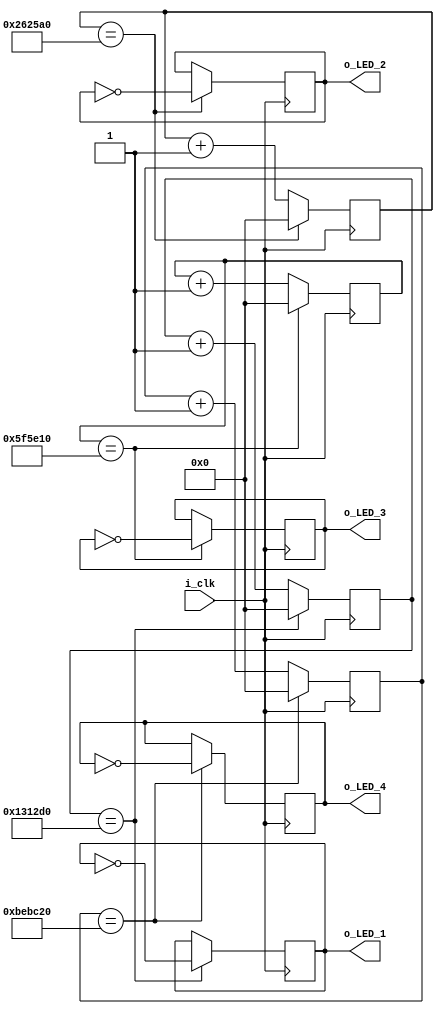
module LED_Blink 
#(
	parameter g_COUNT_10HZ = 1250000,     // # sign and a list of parameters define a generic class
  parameter g_COUNT_5HZ  = 2500000,     // treat paramaters as global variables, hence g_ prefix
  parameter g_COUNT_2HZ  = 6250000,
  parameter g_COUNT_1HZ  = 12500000     // Conversion: 1Hz = 12500000
)	 
(
  input  i_clk,
  output reg o_LED_1 = 1'b0,	// initialize as off
  output reg o_LED_2 = 1'b0,
  output reg o_LED_3 = 1'b0,
  output reg o_LED_4 = 1'b0
);

  // These signals will be the counters:
  reg [31:0] r_Count_10Hz = 0;  // 2^32 = 4294967296 
  reg [31:0] r_Count_5Hz  = 0;
  reg [31:0] r_Count_2Hz  = 0;
  reg [31:0] r_Count_1Hz  = 0;
  
  // All processes toggle a specific signal at a different frequency.
  // They all run continuously
  
  always @(posedge i_clk)
  begin
    if (r_Count_10Hz == g_COUNT_10HZ)     // if reaches 10Hz lim > toggle LED 1, reset
    begin
      o_LED_1      <= ~o_LED_1; 
      r_Count_10Hz <= 0;
    end
    else
      r_Count_10Hz <= r_Count_10Hz + 1;   // else increment
  end

  always @(posedge i_clk)
  begin
    if (r_Count_5Hz == g_COUNT_5HZ)
    begin
      o_LED_2     <= ~o_LED_2;
      r_Count_5Hz <= 0;
    end
    else
      r_Count_5Hz <= r_Count_5Hz + 1;
  end

  always @(posedge i_clk)
  begin
    if (r_Count_2Hz == g_COUNT_2HZ)
    begin
      o_LED_3     <= ~o_LED_3;
      r_Count_2Hz <= 0;
    end
    else
      r_Count_2Hz <= r_Count_2Hz + 1;
  end

  always @(posedge i_clk)
  begin
    if (r_Count_1Hz == g_COUNT_1HZ)
    begin
      o_LED_4     <= ~o_LED_4;
      r_Count_1Hz <= 0;
    end
    else
      r_Count_1Hz <= r_Count_1Hz + 1;
  end

endmodule